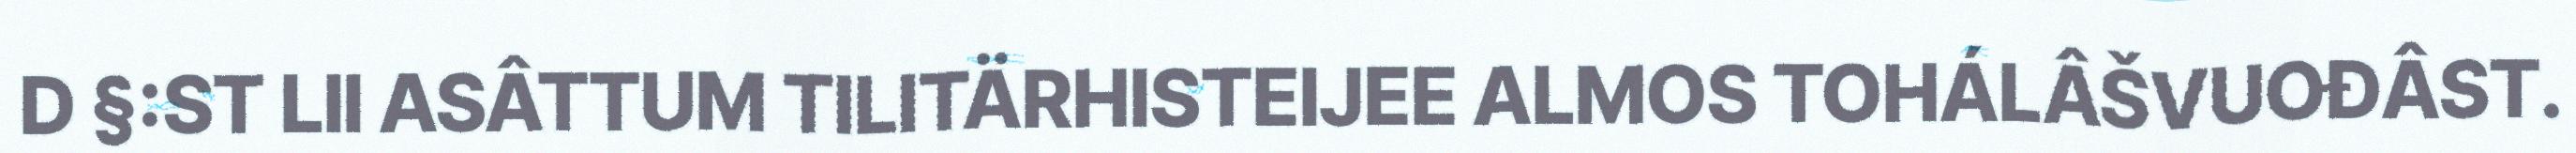
D §:ST LII ASÂTTUM TILITÄRHISTEIJEE ALMOS TOHÁLÂŠVUOĐÂST.